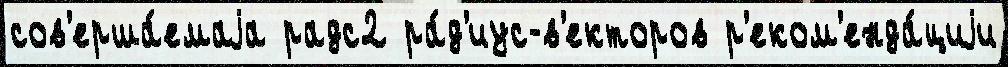
сов'ерша́емаjа радс2 ра́д'иус-в'екторов р'еком'енда́циjи